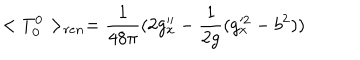
< T _ { 0 } ^ { 0 } > _ { r e n } = { \frac { 1 } { 4 8 \pi } } ( 2 g _ { x } ^ { \prime \prime } - { \frac { 1 } { 2 g } } ( g _ { x } ^ { 2 } - b ^ { 2 } ) )